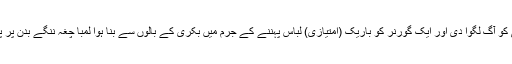
ایک گورنر کے دروازے پر بنی ہوئی ڈیوڑھی کو آگ لگوا دی اور ایک گورنر کو باریک (امتیازی) لباس پہننے کے جرم میں بکری کے بالوں سے بنا ہوا لمبا چغہ ننگے بدن پر پہنا کر بیت المال کی بکریاں چرانے پر لگا دیا۔